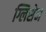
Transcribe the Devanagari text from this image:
ग्लिसेन